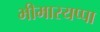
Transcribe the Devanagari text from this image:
भीमारयप्पा